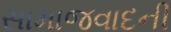
સામાજવાદની